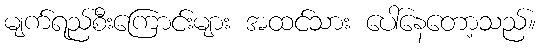
မျက်ရည်စီးကြောင်းများ အထင်သား ပေါ်နေတော့သည်။